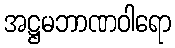
အဋ္ဌမဘာဏဝါရော